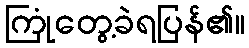
ကြုံတွေ့ခဲရပြန်၏။